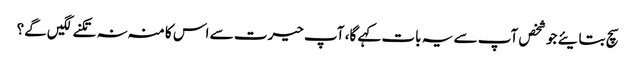
سچ بتایئے جو شخص آپ سے یہ بات کہے گا، آپ حیرت سے اس کا منہ نہ تکنے لگیں گے؟